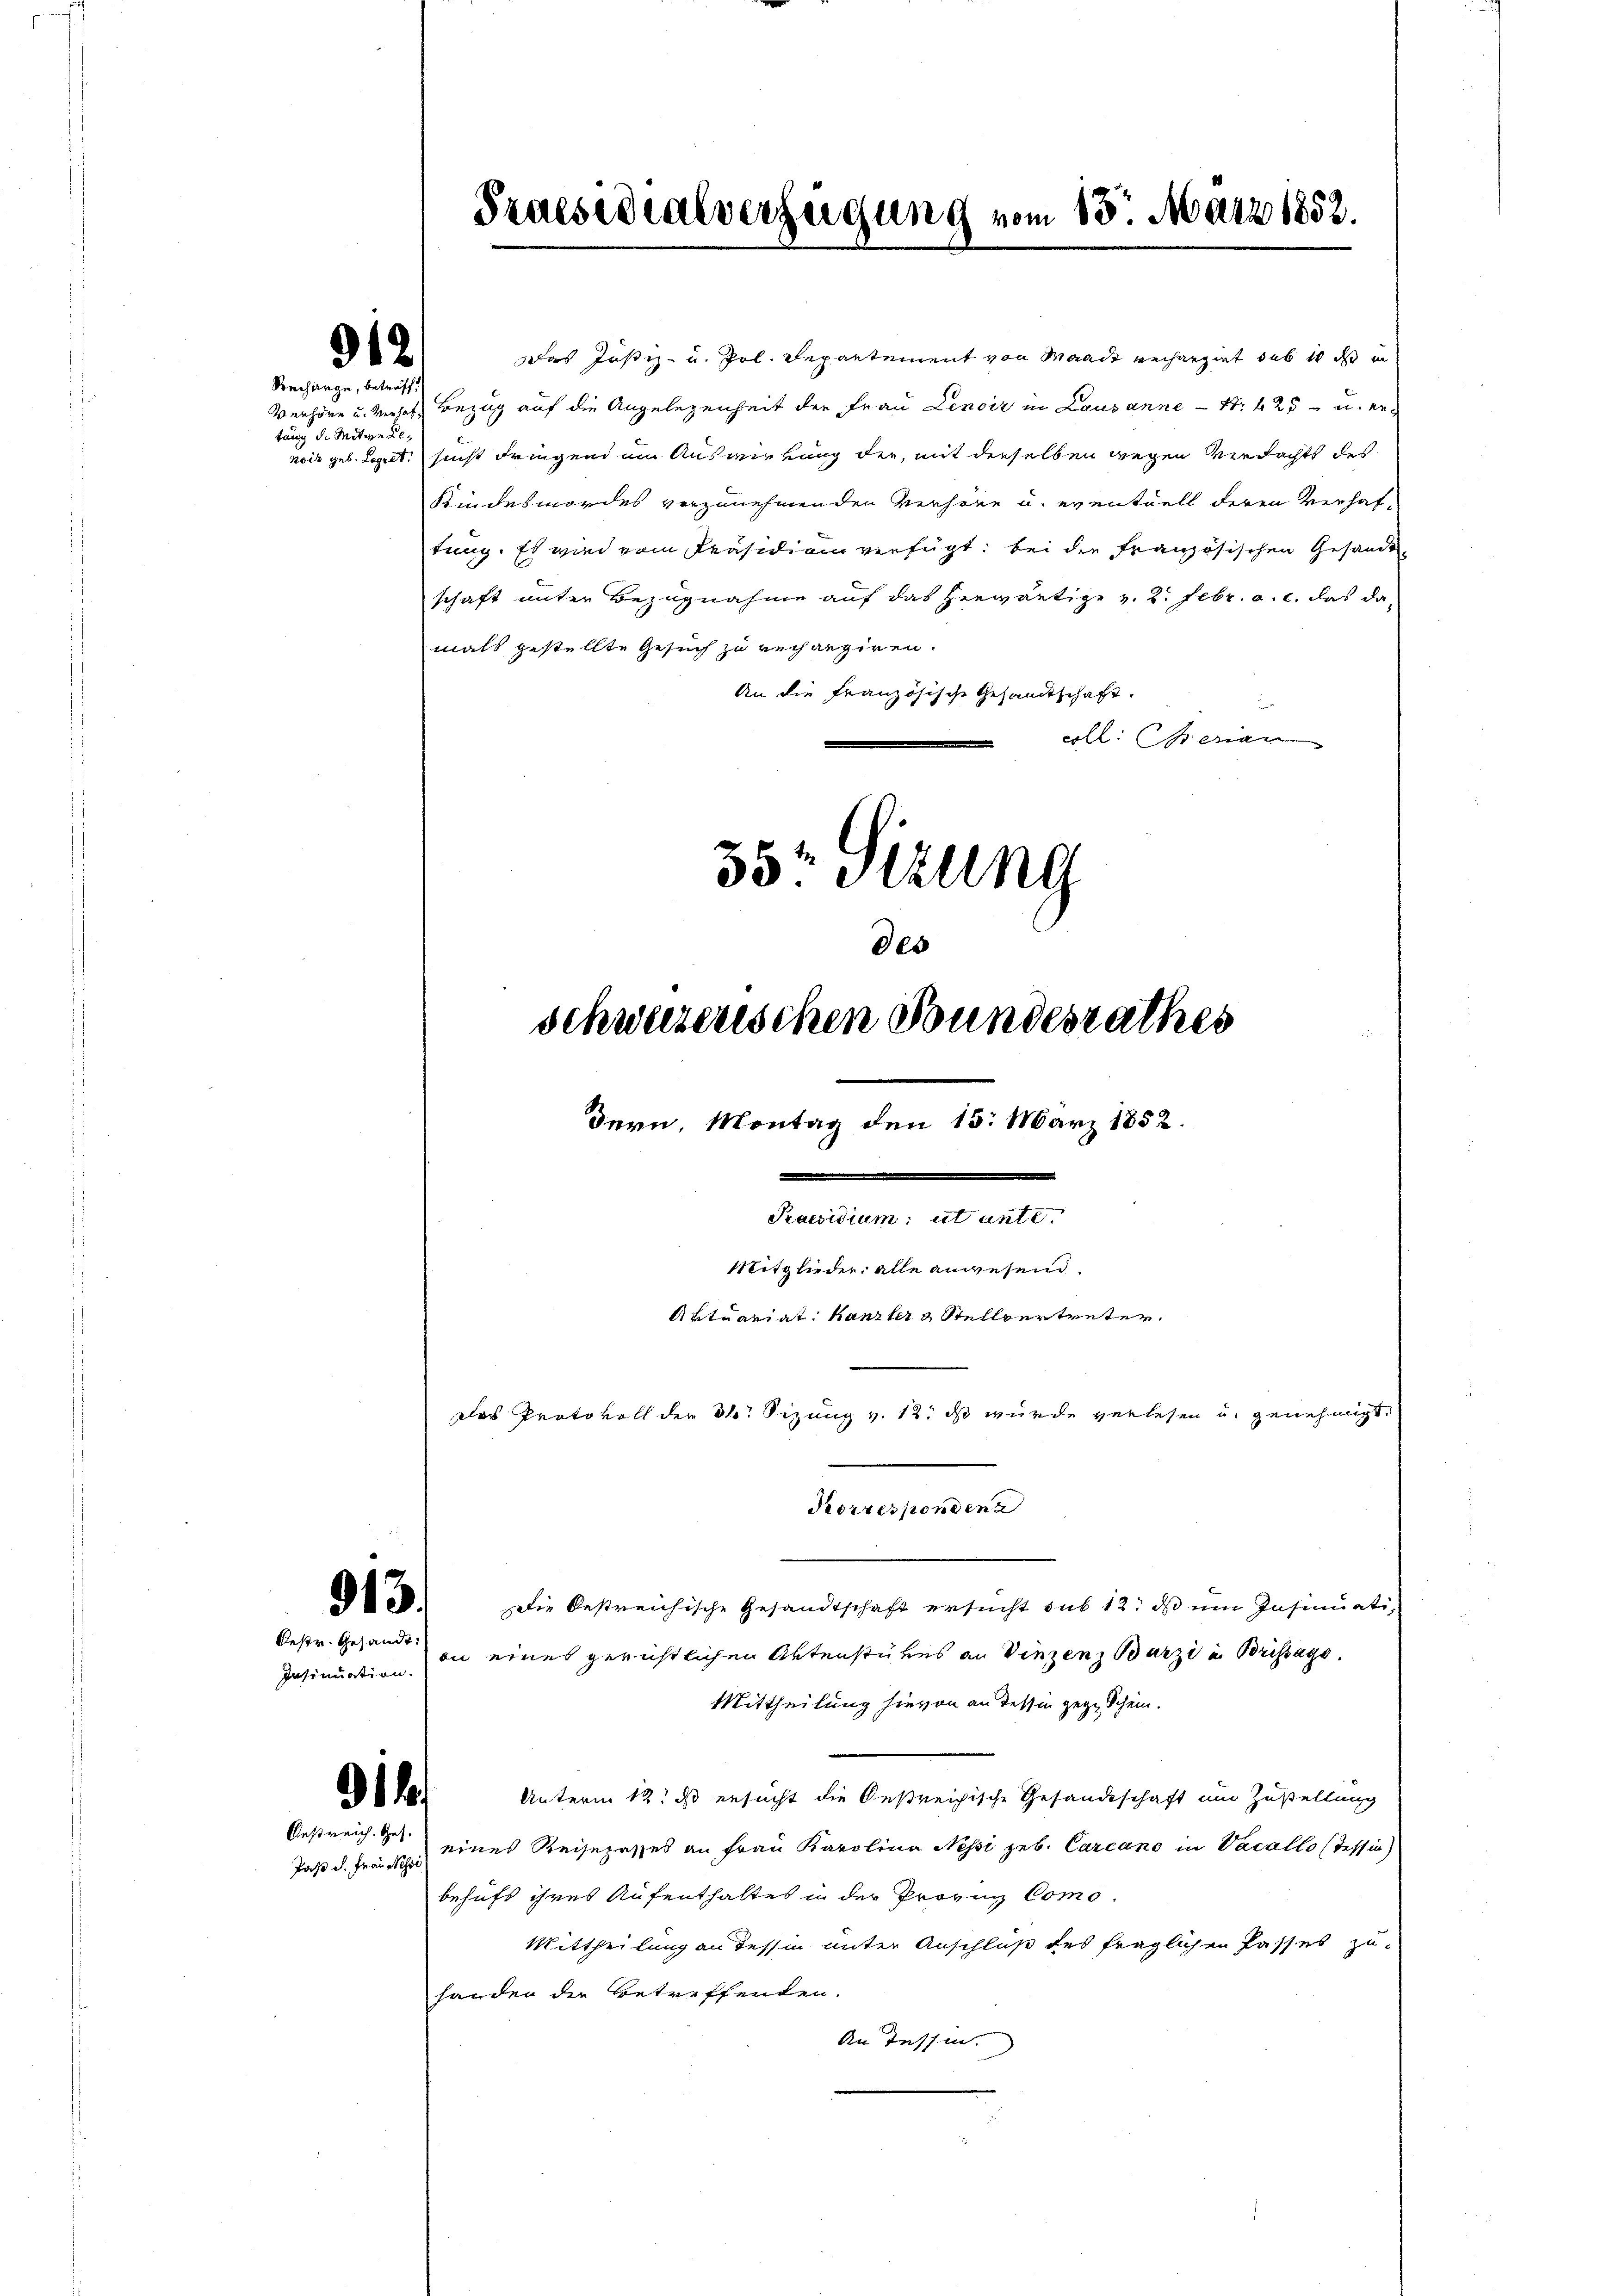
912
Rechange, betreffe

tung d. Mitwe Re
noiz geb. Logret.

das Justiz- u. Pol. Separtement von Waadt rechargirt hab in dass in
Verlöre u. verhalt Bezug auf die Angelegenheit der Frau Lenoir in Lausanne S. 425 u. er
sicht dringend im Auswirkung der, mit derselben wegen Verdachts des
Kindesmordes vorzunehmenden Verhöre u. eventuell deren Verhaftung. Es wird vom Präsidiam verfügt: bei die französischen Gesande
schaft unter Bezugnahme auf das herwärtige v. 2. Febr. a. c. das da
mals gestellte Gesuch zu verhangiren.
An die Französische Gesandtschaft.
coll seran
35 Sizung

913.

Oestr. Gesandt:
Insinuation.

Paßt d. Frau stehe

Praesidialverzeigung vom 15. März 1852.

Die bestreichische Gesandtschaft ersucht sub 12. ds im Insinuation eines gerichtlichen Aktenstükes an Vinzenz Barzi in Brissage.
Mittheilung hievon an dessin gegen Schein.
de. Unterm 12. ds ersucht die Oestreichische Gesandtschaft um Zustellung
Oestreich S. eines Reisepasses an Frau Karolina Nessi geb. Carcano in Vacallo (Tessin)
behufs ihres Aufenthaltes in der Provinz Como¬
Mittheilung an dessin unter Anschluß des fraglichen Passes zuhanden der Betreffenden.
An Tessin.

schweizerischen Bundesrathes
dern, Montag den 15. März 1852.
Praesidium, ut unte
Mitglieder alle angesend.
Aktuariat Kanzler Stellvertreter,
Das Protokoll der 3. Sizung v. 12. ds wurde verlesen u. genehmigt.

des

Korrespondina